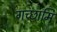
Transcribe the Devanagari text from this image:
गच्छामि